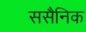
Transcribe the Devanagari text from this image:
ससैनिक